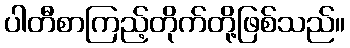
ပါတီစာကြည့်တိုက်တို့ဖြစ်သည်။